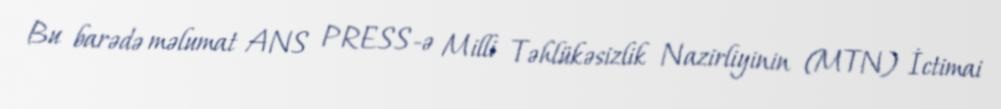
Bu barədə məlumat ANS PRESS-ə Milli Təhlükəsizlik Nazirliyinin (MTN) İctimai